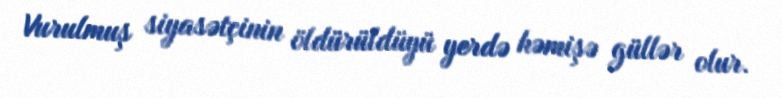
Vurulmuş siyasətçinin öldürüldüyü yerdə həmişə güllər olur.